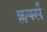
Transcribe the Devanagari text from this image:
क्लर्क्स